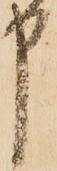
申